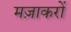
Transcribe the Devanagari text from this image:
मज़ाकरों